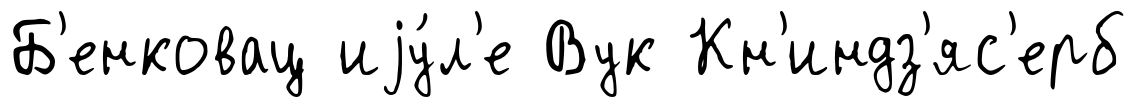
Б'енковац иjу́л'е Вук Кн'индз'яс'ерб